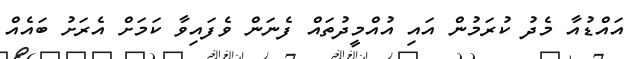
އައްޑުއާ މެދު ކުރަމުން އައި އުއްމީދުތައް ފެނަން ވެފައިވާ ކަމަށް އެރަށު ބައެއް